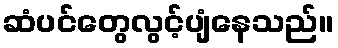
ဆံပင်တွေလွင့်ပျံနေသည်။